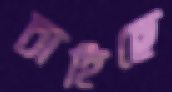
চাহিছে